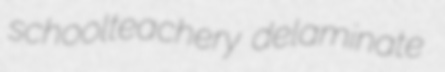
schoolteachery delaminate